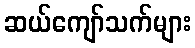
ဆယ်ကျော်သက်များ